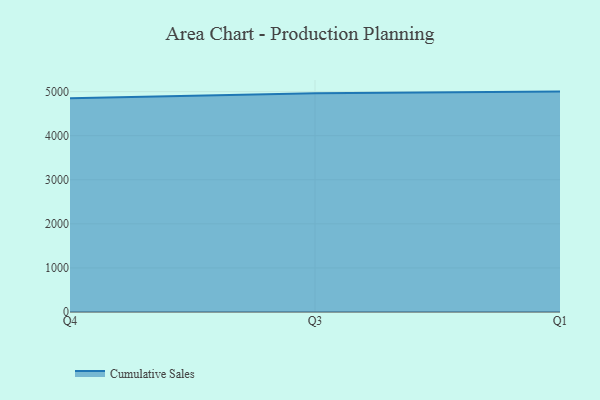
{"axis": {"x": "Quarter", "y": "Churn Rate (%)"}, "legend": ["Cumulative Sales"], "data": [{"x": "Q4", "y": 4847.3, "type": "Cumulative Sales"}, {"x": "Q3", "y": 4962.1, "type": "Cumulative Sales"}, {"x": "Q1", "y": 5000, "type": "Cumulative Sales"}]}